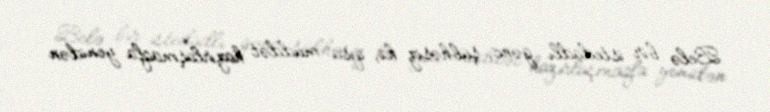
Belə bir istedadlı gənc, şübhəsiz ki, qısa müddət hazırlaşmaqla yenidən